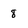
Character: 8